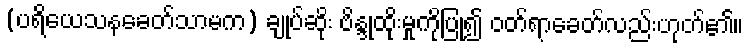
(ပရိယေသနခေတ်သာမက) ချုပ်ဆိုး ဗိန္ဒုထိုးမှုကိုပြု၍ ဝတ်ရာခေတ်လည်းဟုတ်၏။